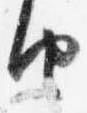
由